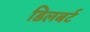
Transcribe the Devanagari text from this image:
डिलबर्ट